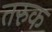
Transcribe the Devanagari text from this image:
तरुक